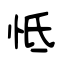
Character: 怟